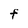
Character: F